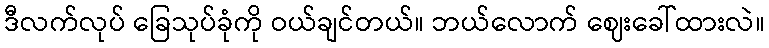
ဒီလက်လုပ် ခြေသုပ်ခုံကို ဝယ်ချင်တယ်။ ဘယ်လောက် ဈေးခေါ်ထားလဲ။